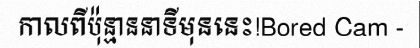
កាលពីប៉ុន្មាននាទីមុននេះ!Bored Cam -